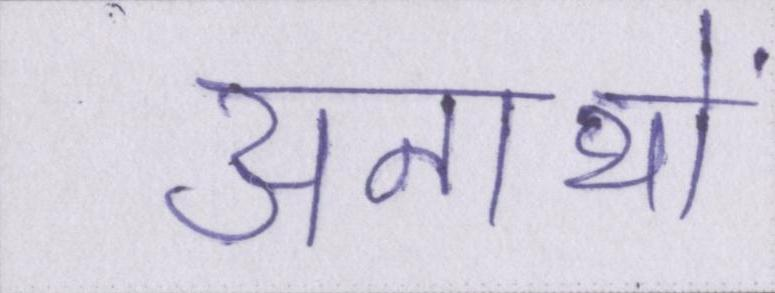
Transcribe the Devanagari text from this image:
अनाथों